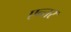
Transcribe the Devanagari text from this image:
एन्तर